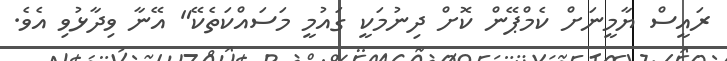
ރައީސް ޔާމީނަށް ކެމްޕޭން ކޮށް ދިނުމަކީ ގައުމީ މަސައްކަތެކޭ" އޭނާ ވިދާޅުވި އެވެ.